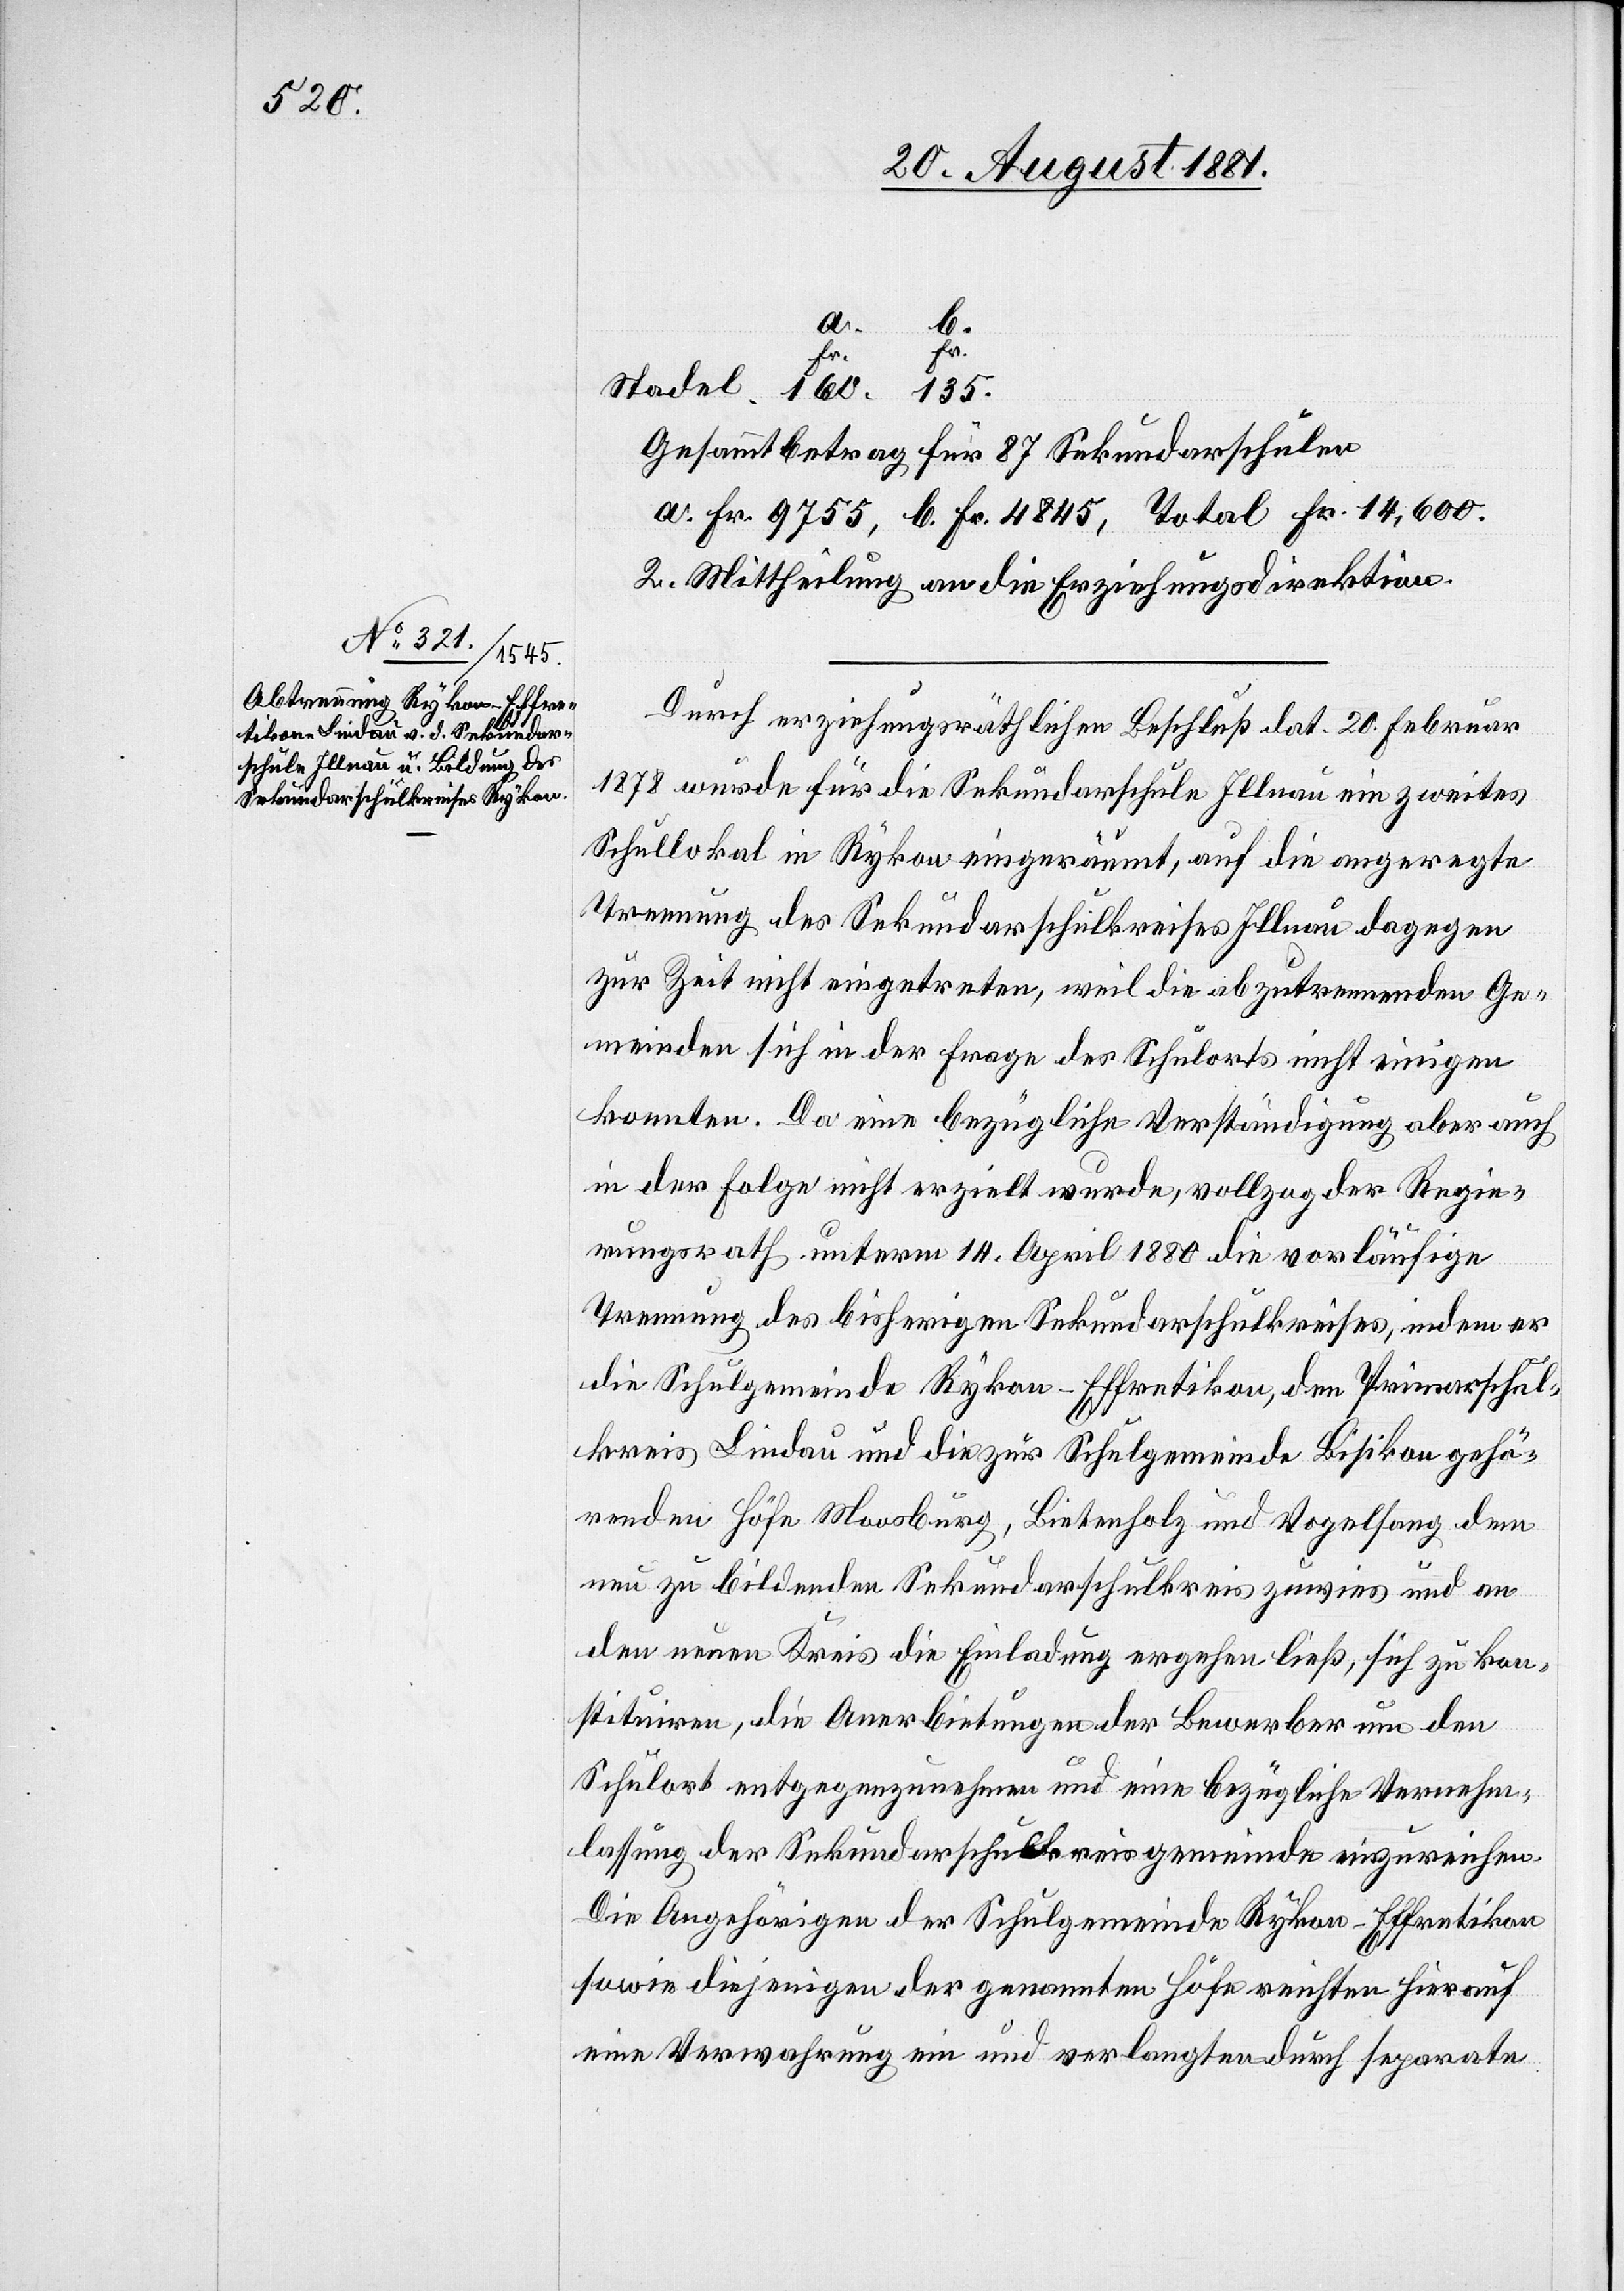
135.

Gesammtbetrag für 87 Sekundarschulen
a. Fr. 9755, b. Fr. 4845, Total Fr. 14,600.
2. Mittheilung an die Erziehungsdirektion.
Durch erziehungsräthlichen Beschluß dat. 20. Februar
1878 wurde für die Sekundarschule Illnau ein zweites
Schullokal in Rykon eingeräumt, auf die angeregte
Trennung des Sekundarschulkreises Illnau dagegen
zur Zeit nicht eingetreten, weil die abzutrennenden Ge¬
meinden sich in der Frage des Schulorts nicht einigen
konnten. Da eine bezügliche Verständigung aber auch
in der Folge nicht erzielt wurde, vollzog der Regie¬
rungsrath unterm 14. April 1880 die vorläufige
Trennung des bisherigen Sekundarschulkreises, indem er
die Schulgemeinde Rykon - Effretikon, dem Primarschul¬
kreis Lindau und die zur Schulgemeinde Bisikon gehö¬
renden Höfe Moosburg, Bietenholz und Vogelsang dem
neu zu bildenden Sekundarschulkreis zuwies und an
den neuen Kreis die Einladung ergehen ließ, sich zu kon¬
stituiren, die Anerbietungen der Bewerber um den
Schulort entgegenzunehmen und eine bezügliche Vernehm¬
lassung der Sekundarschulkreisgemeinde einzureichen.
Die Angehörigen der Schulgemeinde Rykon - Effretikon
sowie diejenigen der genannten Höfe reichten hierauf
eine Verwahrung ein und verlangten durch separate